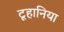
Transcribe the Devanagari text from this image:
टूहानिया